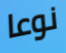
نوعا